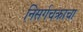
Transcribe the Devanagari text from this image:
निसर्गचक्राचा